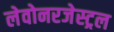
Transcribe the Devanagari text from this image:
लेवोनरजेस्ट्रल